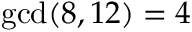
\operatorname* { g c d } ( 8 , 1 2 ) = 4